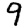
Digit: 9